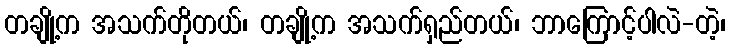
တချို့က အသက်တိုတယ်၊ တချို့က အသက်ရှည်တယ်၊ ဘာကြောင့်ပါလဲ-တဲ့၊